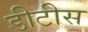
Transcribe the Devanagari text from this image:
डीटीस